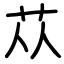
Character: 苁